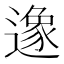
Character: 𨖶